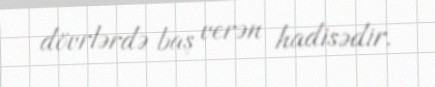
dövrlərdə baş verən hadisədir.